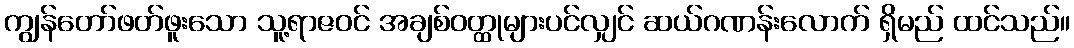
ကျွန်တော်ဖတ်ဖူးသော သူ့ရာဇဝင် အချစ်ဝတ္ထုများပင်လျှင် ဆယ်ဂဏန်းလောက် ရှိမည် ထင်သည်။